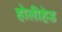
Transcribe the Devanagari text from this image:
होलीहेड